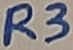
Text: R3